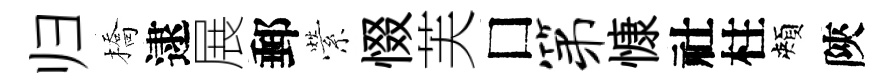
归橋逮展郵縈惙芙□第慷社柱頰陝